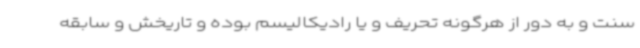
سنت و به دور از هرگونه تحریف و یا رادیکالیسم بوده و تاریخش و سابقه